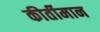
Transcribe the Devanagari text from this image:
कीर्तीमान